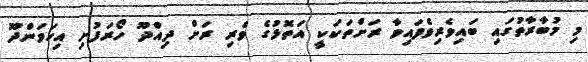
މި މުބާރާތުގައި ބައިވެރިވެފައިވާ ރަށްތަކަކީ އަތޮޅުގެ ވެރި ރަށް ދިއްދޫ ހޯރަފުށި އިހަވަންދޫ